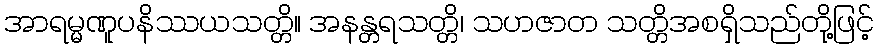
အာရမ္မဏူပနိဿယသတ္တိ။ အနန္တရသတ္တိ၊ သဟဇာတ သတ္တိအစရှိသည်တို့ဖြင့်